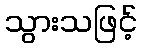
သွားသဖြင့်